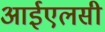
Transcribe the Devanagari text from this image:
आईएलसी